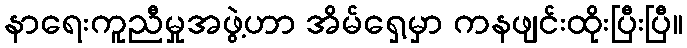
နာရေးကူညီမှုအဖွဲ့ဟာ အိမ်ရှေ့မှာ ကနဖျင်းထိုးပြီးပြီ။